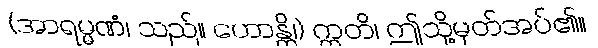
(အာရမ္မဏံ၊ သည်။ ဟောန္တိ၊) ဣတိ၊ ဤသို့မှတ်အပ်၏။